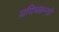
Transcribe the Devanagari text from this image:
यदिच्छन्तो